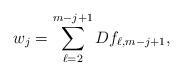
LaTeX: \begin{align*}w_{j} = \sum_{\ell=2}^{m-j+1} D f_{\ell,m-j+1},\end{align*}